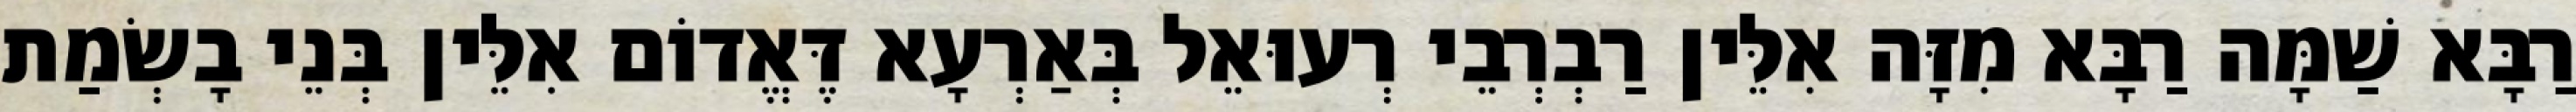
רַבָּא שַׁמָּה רַבָּא מִזָּה אִלֵּין רַבְרְבֵי רְעוּאֵל בְּאַרְעָא דֶּאֱדוֹם אִלֵּין בְּנֵי בָשְׂמַת